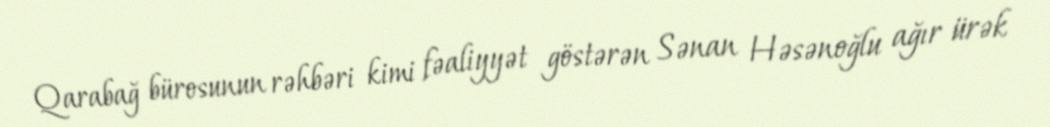
Qarabağ bürosunun rəhbəri kimi fəaliyyət göstərən Sənan Həsənoğlu ağır ürək